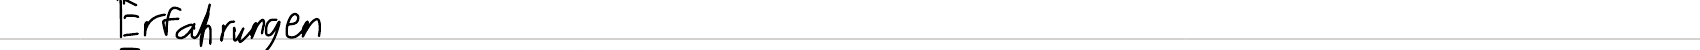
Erfahrungen